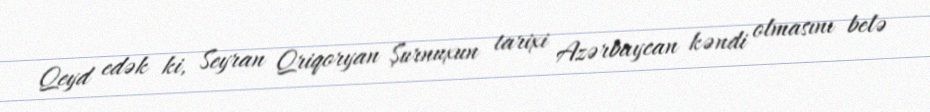
Qeyd edək ki, Seyran Qriqoryan Şurnuxun tarixi Azərbaycan kəndi olmasını belə